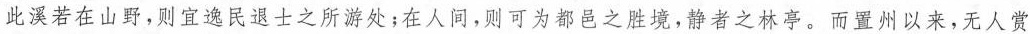
此溪若在山野，则宜逸民退士之所游处﹔在人间，则可为都邑之胜境，静者之林亭。而置州以来，无人赏